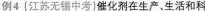
例4(江苏无锡中考]催化剂在生产、生活和科